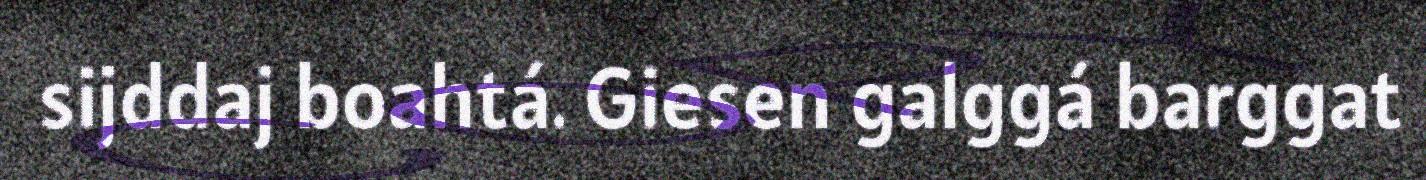
sijddaj boahtá. Giesen galggá barggat